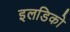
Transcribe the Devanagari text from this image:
इलडिको